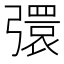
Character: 彋